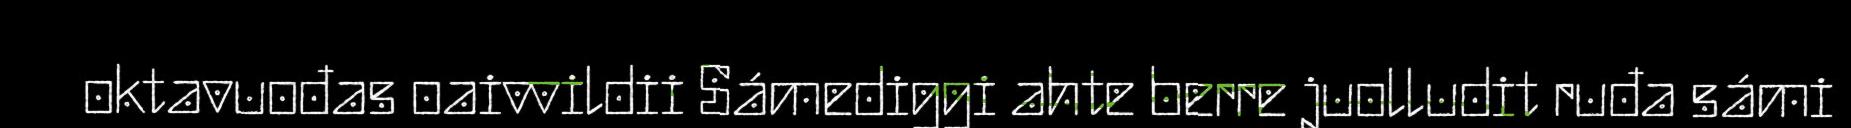
oktavuođas oaivvildii Sámediggi ahte berre juolludit ruđa sámi